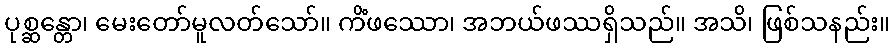
ပုစ္ဆန္တော၊ မေးတော်မူလတ်သော်။ ကိံဖဿော၊ အဘယ်ဖဿရှိသည်။ အသိ၊ ဖြစ်သနည်း။